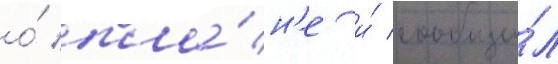
о́ пла́н'е и́ сообщи́л